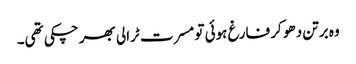
وہ برتن دھو کر فارغ ہوئی تو مسرت ٹرالی بھر چکی تھی۔